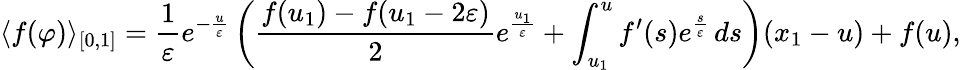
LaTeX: \langle f(\varphi)\rangle_{[0,1]}=\frac{1}{\varepsilon}e^{-\frac{u}{\varepsilon}}\left(\frac{f(u_{1})-f(u_{1}-2\varepsilon)}{2}e^{\frac{u_{1}}{\varepsilon}}+\int_{u_{1}}^{u}f^{\prime}(s)e^{\frac{s}{\varepsilon}}\, ds\right)(x_{1}-u)+f(u),